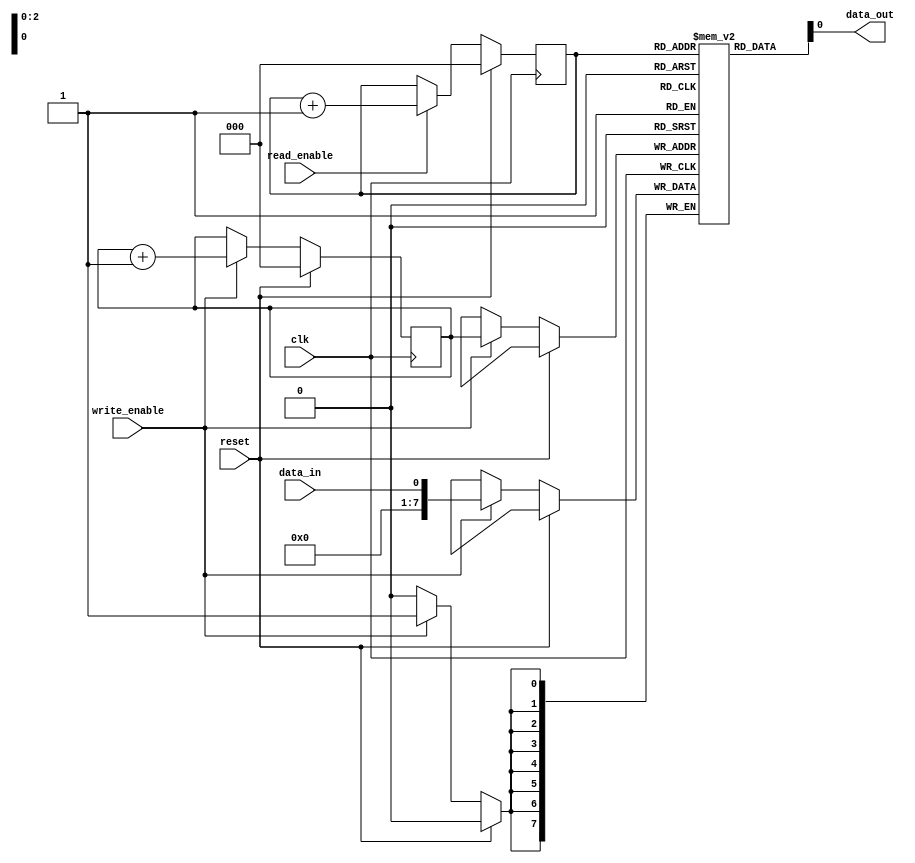
module FIFO(
    input clk,
    input reset,
    input data_in,
    output data_out,
    input read_enable,
    input write_enable
);

parameter DEPTH = 8; // Depth of the FIFO

reg [7:0] fifo[0:DEPTH-1]; // 8-bit register array for FIFO storage
reg [2:0] write_pointer = 0;
reg [2:0] read_pointer = 0;

// Write operation
always @(posedge clk) begin
    if (reset) begin
        write_pointer <= 0;
    end else begin
        if (write_enable) begin
            fifo[write_pointer] <= data_in;
            write_pointer <= write_pointer + 1;
        end
    end
end

// Read operation
assign data_out = fifo[read_pointer];
always @(posedge clk) begin
    if (reset) begin
        read_pointer <= 0;
    end else begin
        if (read_enable) begin
            read_pointer <= read_pointer + 1;
        end
    end
end

endmodule